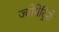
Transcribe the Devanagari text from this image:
ज्योमेट्रिशे